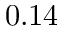
0 . 1 4